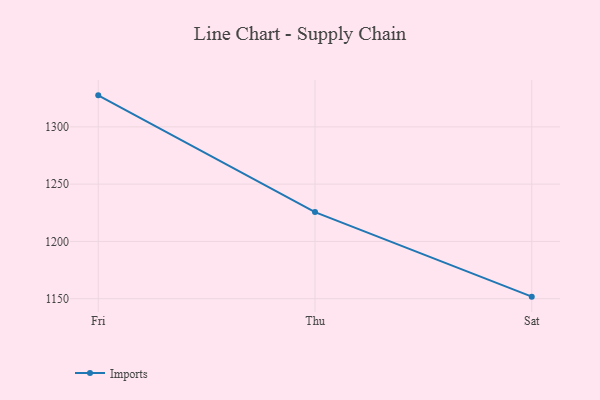
{"axis": {"x": "Day", "y": "Temperature (°C)"}, "legend": ["Imports"], "data": [{"x": "Fri", "y": 1327.5, "type": "Imports"}, {"x": "Thu", "y": 1225.6, "type": "Imports"}, {"x": "Sat", "y": 1151.8, "type": "Imports"}]}